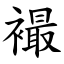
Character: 襊